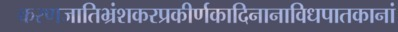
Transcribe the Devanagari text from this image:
करणजातिभ्रंशकरप्रकीर्णकादिनानाविधपातकानां